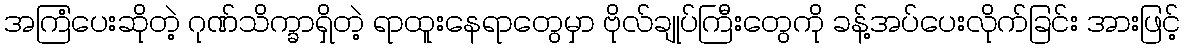
အကြံပေးဆိုတဲ့ ဂုဏ်သိက္ခာရှိတဲ့ ရာထူးနေရာတွေမှာ ဗိုလ်ချုပ်ကြီးတွေကို ခန့်အပ်ပေးလိုက်ခြင်း အားဖြင့်